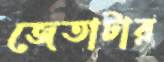
জেতাটার